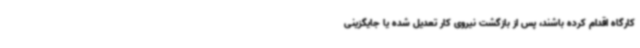
کارگاه اقدام کرده باشند، پس از بازگشت نیروی کار تعدیل شده یا جایگزینی